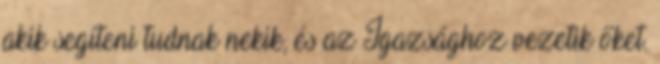
akik segíteni tudnak nekik, és az Igazsághoz vezetik őket.